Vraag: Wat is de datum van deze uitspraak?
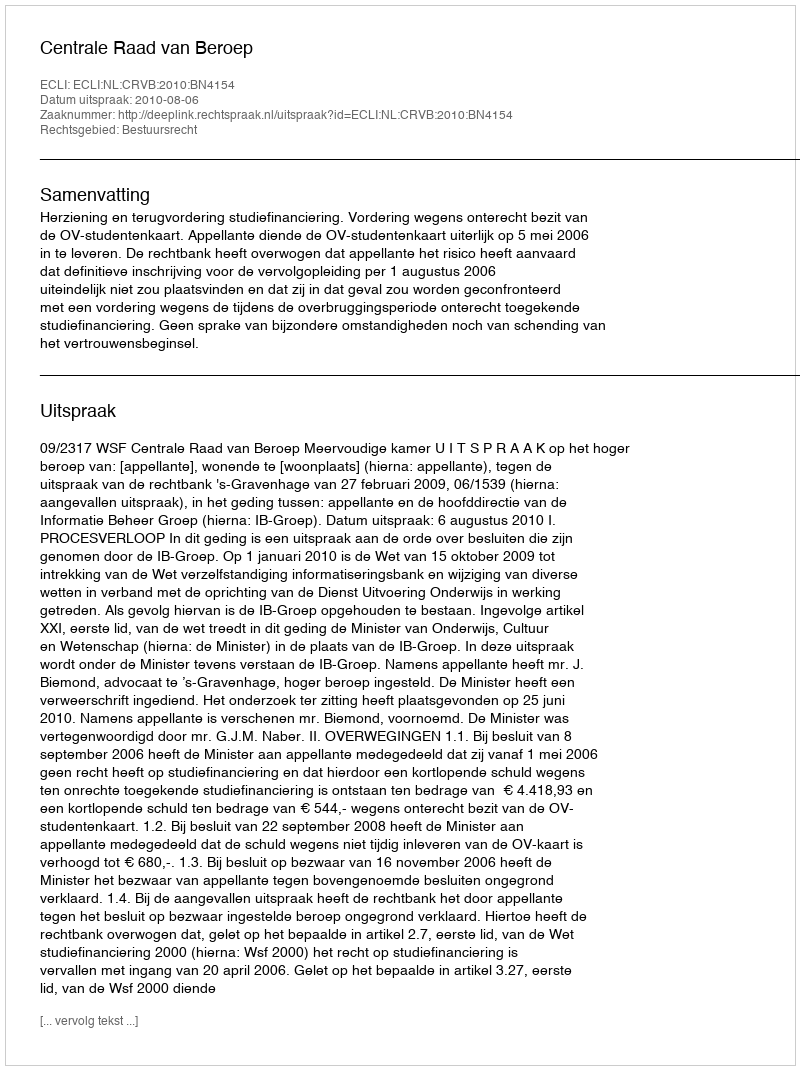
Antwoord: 2010-08-06